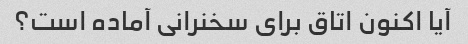
آیا اکنون اتاق برای سخنرانی آماده است؟